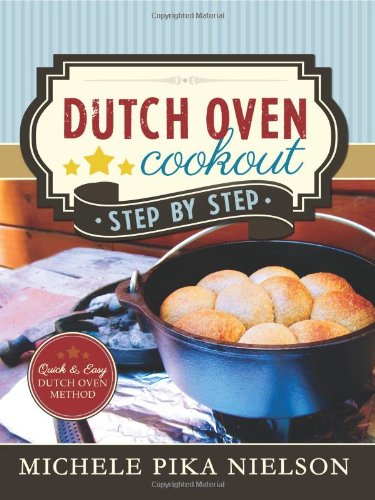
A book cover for Dutch Oven Cookout, Step-by-Step; Michele Pika Nielson; Cookbooks, Food & Wine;